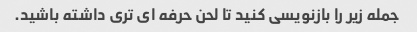
جمله زیر را بازنویسی کنید تا لحن حرفه ای تری داشته باشید.